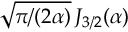
\sqrt { \pi / ( 2 \alpha ) } \, J _ { 3 / 2 } ( \alpha )